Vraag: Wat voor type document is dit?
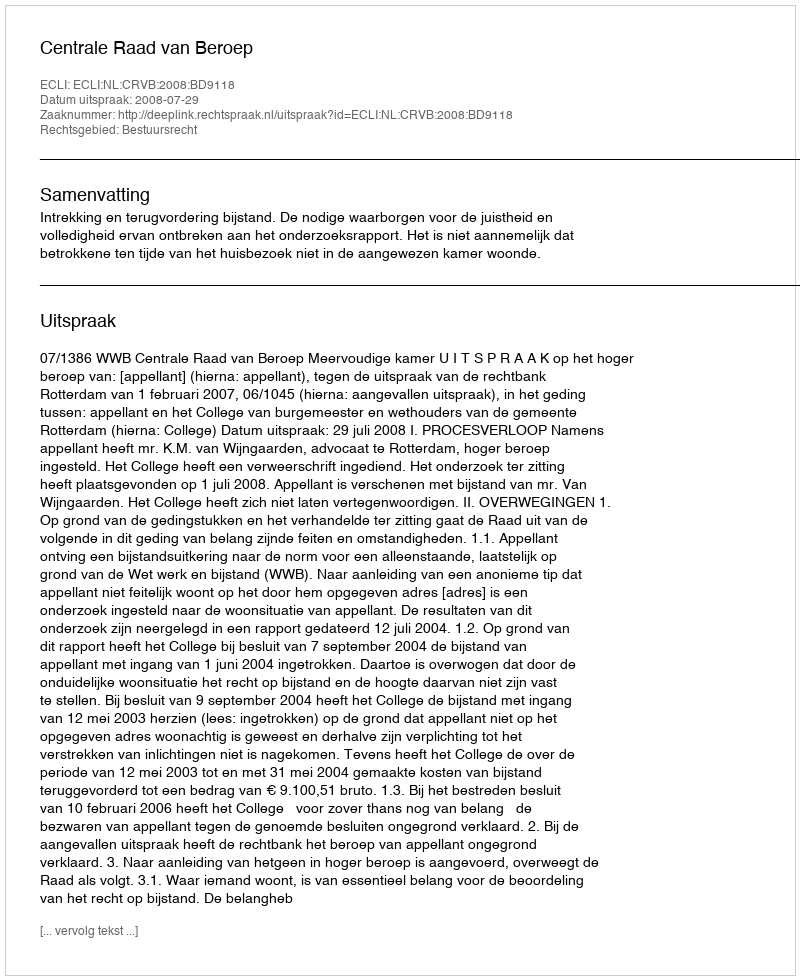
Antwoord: Uitspraak